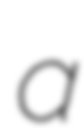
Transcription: a